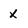
Character: x